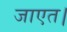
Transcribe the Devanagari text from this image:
जाएत।